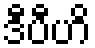
ဒီပီဟိ